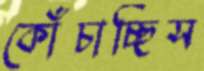
কোঁচাচ্ছিস